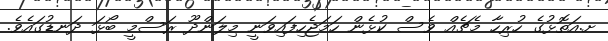
ށ.އަތޮޅުގެ ހުރިހާ މެޗެއް ވެސް ކުޅެން ހަމަޖެހިފައިވަނީ މިލަންދޫ ރަސްމީ ބޯޅަ ދަނޑުގައެވެ.